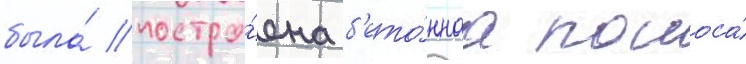
была́ постро́ена б'ето́ннаа полоса́